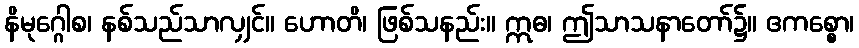
နိမုဂ္ဂေါစ၊ နစ်သည်သာလျှင်။ ဟောတိ၊ ဖြစ်သနည်း။ ဣဓ၊ ဤသာသနာတော်၌။ ဧကစ္စော၊